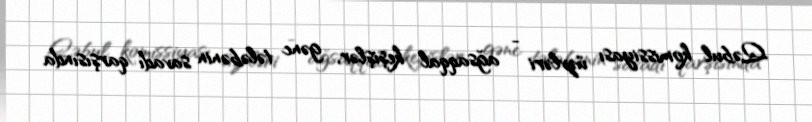
Qəbul komissiyası üzvləri - ağsaqqal keşişlər, gənc tələbənin savadı qarşısında